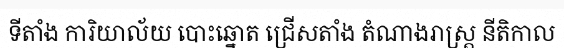
ទីតាំង ការិយាល័យ បោះឆ្នោត ជ្រើសតាំង តំណាងរាស្ត្រ នីតិកាល